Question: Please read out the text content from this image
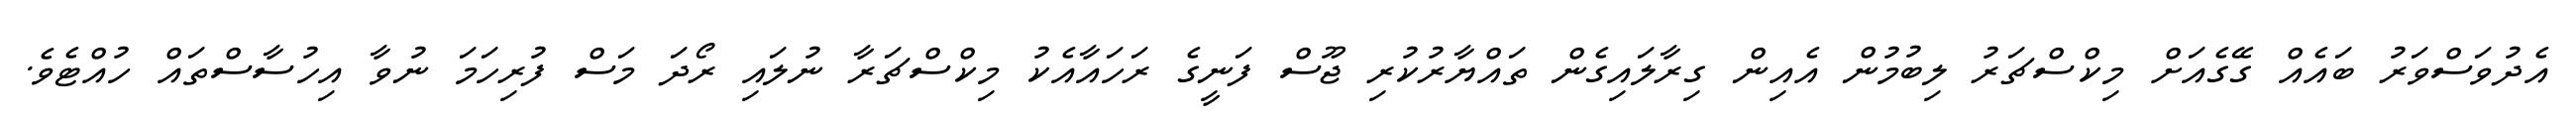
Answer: އެދުވަސްވަރު ބައެއް ގޭގެއަށް މިކްސްޗަރު ލިބުމުން އެއިން ގިރާލައިގެން ތައްޔާރުކުރި ޖޫސް ފަނީގެ ރަހައާއެކު މިކްސްޗަރާ ނުލައި ރޯދަ މަސް ފުރިހަމަ ނުވާ އިހުސާސްތައް ހުއްޓެވެ.